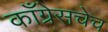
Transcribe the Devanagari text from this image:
काँग्रेसचेच